EAOK_Sinod, lk 59
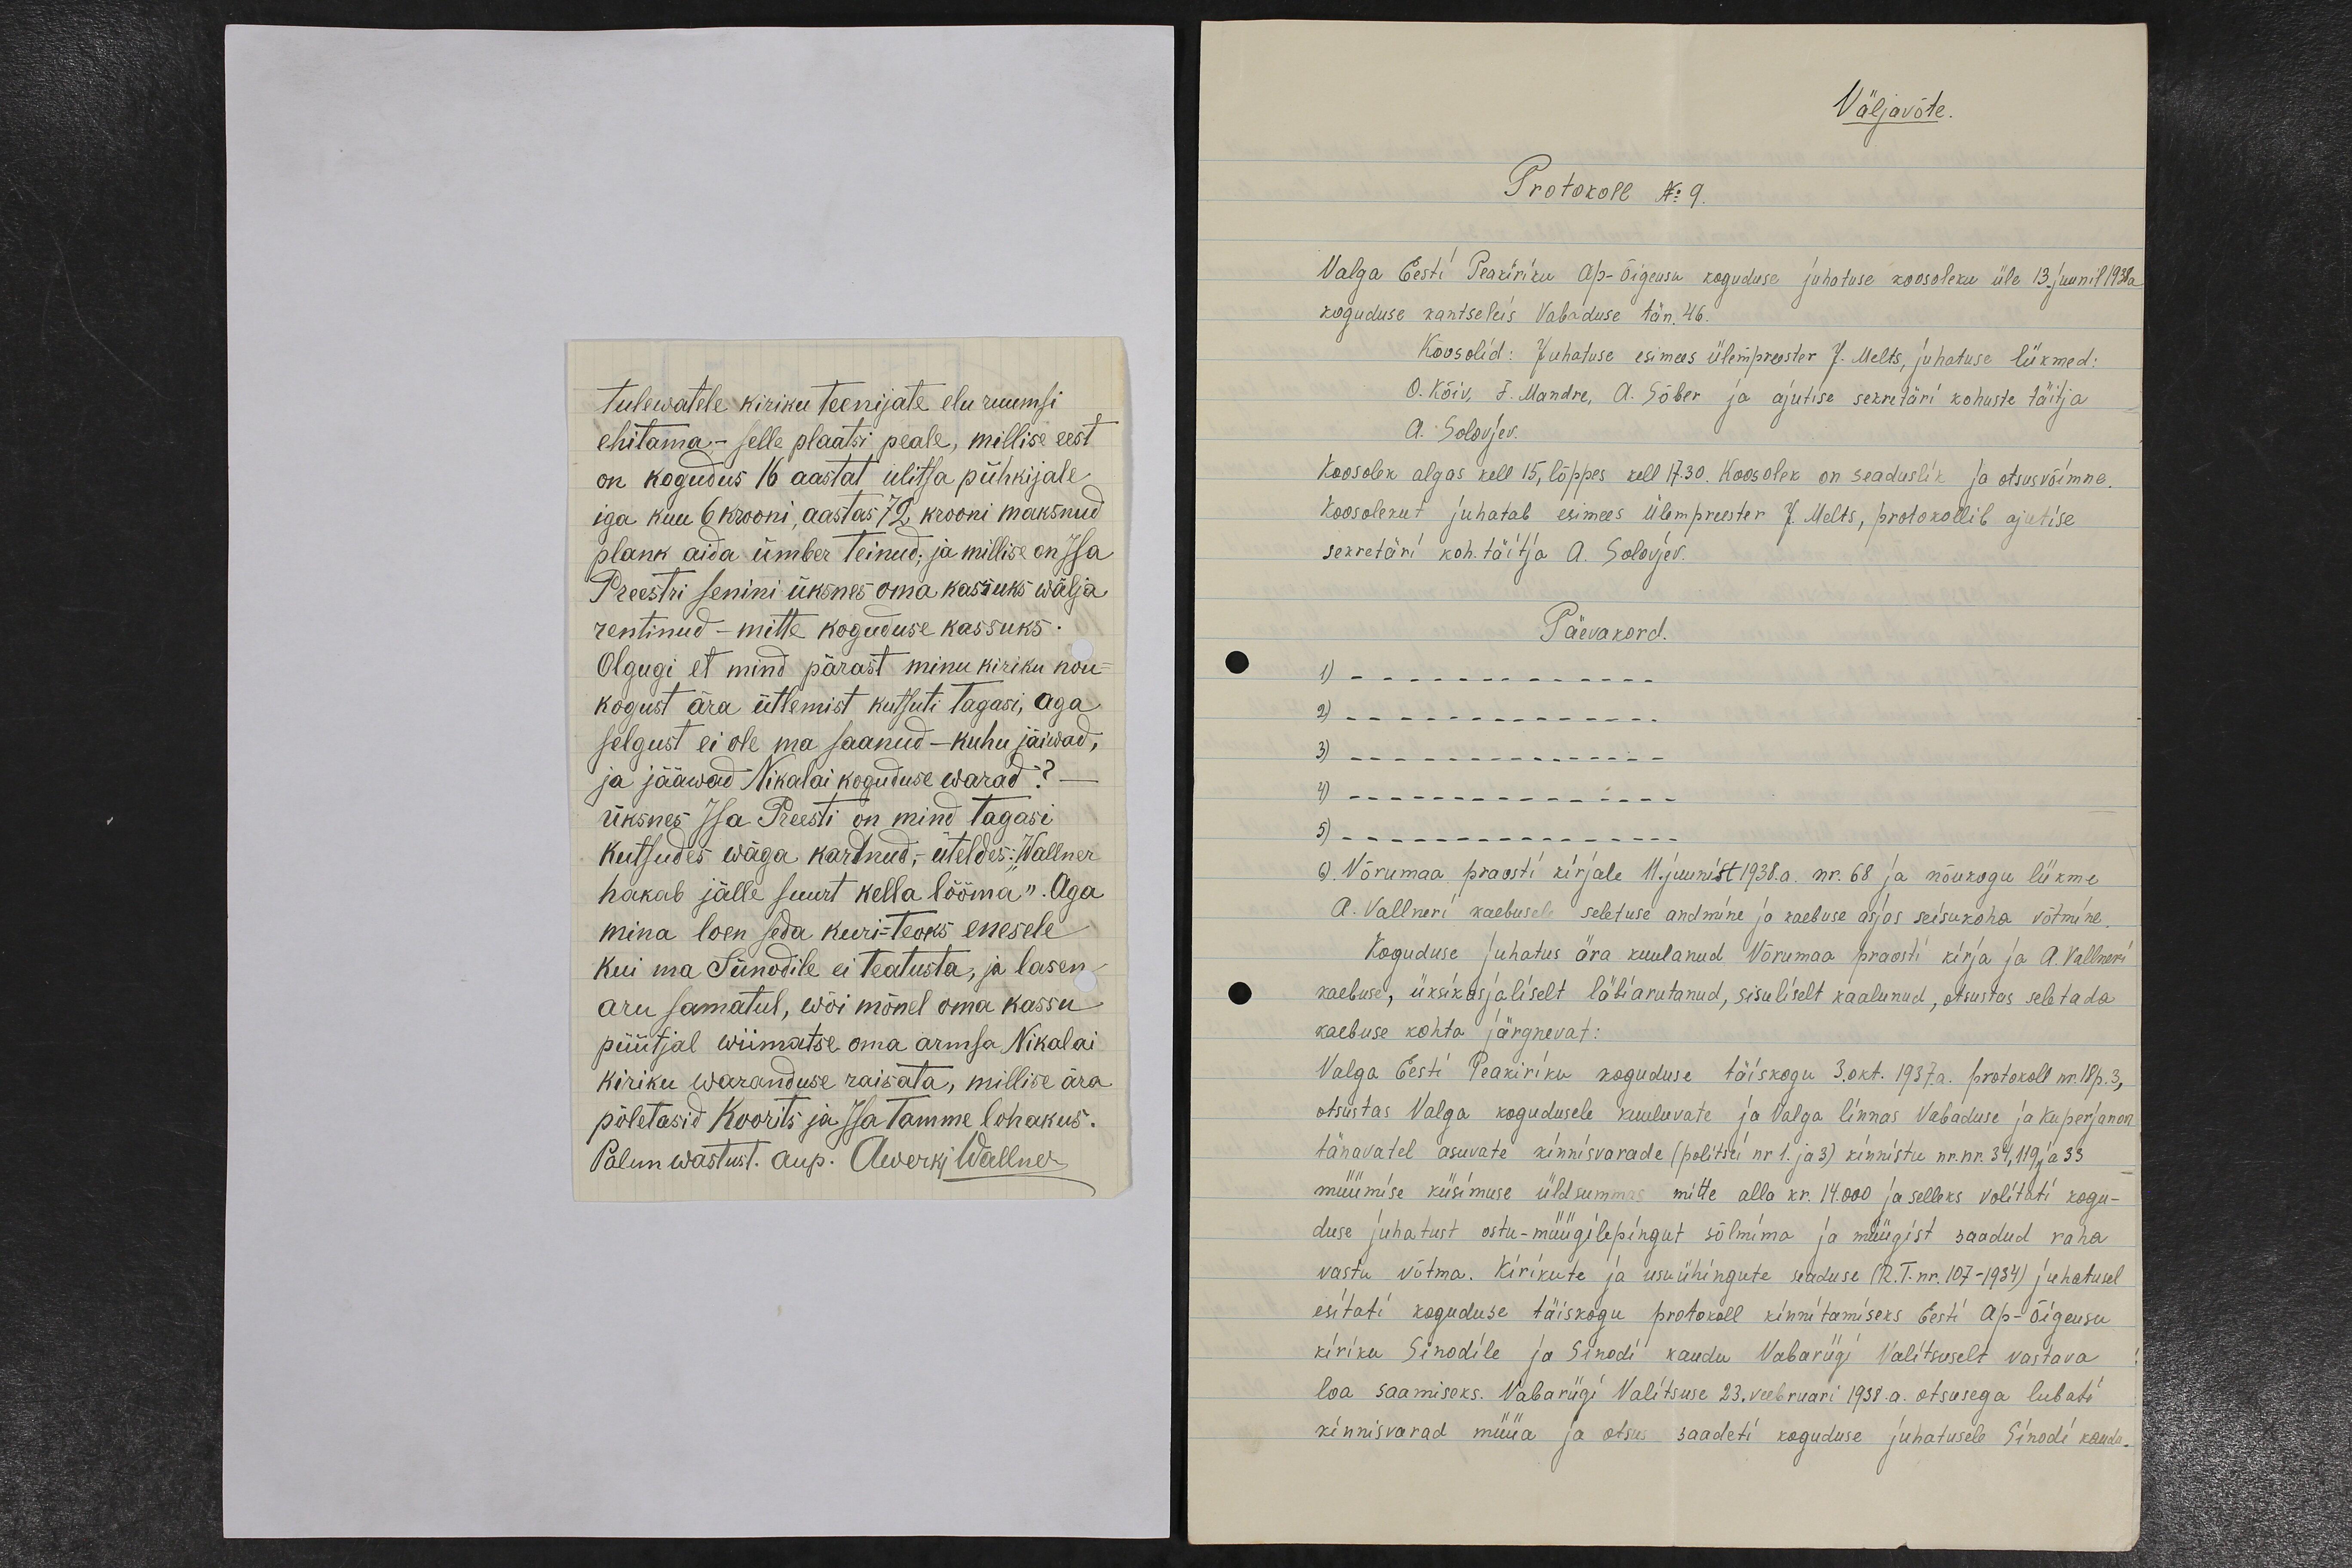
tulewatele kiriku teenijate elu ruumsi
ehitama - selle plaatsi peale, millise eest
on kogudus 16 aastat ulitsa pühkijale,
iga kuu 6 krooni, aastas 72 krooni maksnud
plank aida ümber teinud; ja millise on Isa
Preestri senini üksnes oma kassuks wälja
rentinud - mitte koguduse kassuks.
Olgugi, et mind pärast minu kiriku nõu-
kogust ära ütlemist kutsuti tagasi, aga
selgust ei ole ma saanud - kuhu jäiwad,
ja jääwad Nikolai koguduse warad? -
üksnes Isa Preesti on mind tagasi
kutsudes wäga kardnud, - üteldes: „Wallner
hakab jälle suurt kella lööma“. Aga
mina loen seda kuriteoks enesele
kui ma Sünodile ei teatusta, ja lasen
aru samatul, wõi mõnel oma kassu
püütjal wiimatse oma armsa Nikolai
kiriku waranduse raisata, millise ära
põletasid Koorits ja Isa Tamme lohakus.
Palun wastust. aup. Awerki Wallner

Väljavõte.
Protokoll No 9.
Valga Eesti Peakiriku Ap-Õigeusu koguduse juhatuse koosoleku üle 13. juunil 1938a
koguduse kantseleis Vabaduse tän. 46.
Koosolid: Juhatuse esimees ülempreester J. Melts, juhatuse liikmed:
O. Kõiv, F. Mandre, A. Sõber ja ajutise sekretäri kohuste täitja
A. Solovjev.
Koosolek algas kell 15, lõppes kell 17.30. Koosoleku on seaduslik ja otsusvõimne.
Koosolekut juhatab esimees Ülempreester J. Melts, protokollib ajutise
sekretäri koh. täitja A. Solovjev.
Päevakord.
1) _ _ _ _ _ _ _ _ _ _ _ _ _
2) _ _ _ _ _ _ _ _ _ _ _ _ _ _
3) _ _ _ _ _ _ _ _ _ _ _ _ _ _
4) _ _ _ _ _ _ _ _ _ _ _ _ _ _
5) _ _ _ _ _ _ _ _ _ _ _ _ _ _ _
6). Võrumaa praosti kirjale 11. juunist 1938.a. nr. 68 ja nõukogu liikme
A. Vallneri kaebusele seletuse andmine ja kaebuse asjas seisukoha võtmine.
Koguduse juhatus ära kuulanud Võrumaa praosti kirja ja A. Vallneri
kaebuse, üksikasjaliselt läbiarutanud, sisuliselt kaalunud, otsustas seletada
kaebuse kohta järgnevat:
Valga Eesti Peakiriku koguduse täiskogu 3.okt. 1937.a. protokoll nr. 18p. 3,
otsustas Valga kogudusele kuuluvate ja Valga linnas Vabaduse ja Kuperjanovi
tänavatel asuvate kinnisvarade (politsei nr 1. ja 3) kinnistu nr. nr. 34, 119 ja 33
müümise küsimuse üldsummas mitte alla kr. 14.000 ja selleks volitati kogu-
duse juhatust ostu-müügilepingut sõlmima ja müügist saadud raha
vastu võtma. Kirikute ja usuühingute seaduse (R.T.nr.107-1934) juhatusel
esitati koguduse täiskogu protokoll kinnitamiseks Eesti Ap-Õigeusu
kiriku Sinodile ja Sinodi kaudu Vabaviigi Valitsuselt vastava
loa saamiseks. Vabariigi Valitsuse 23. veebruari 1938.a. otsusega lubati
kinnisvarad müüa ja otsus saadeti koguduse juhatusele Sinodi kaudu.